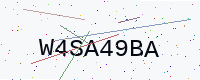
Text: W4SA49BA